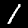
Digit: 1